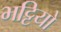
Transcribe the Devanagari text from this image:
भट्टियो